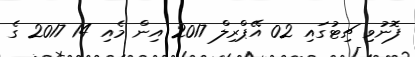
ފޮނުވި ޗިޓުގައި 02 އޭޕްރިލް 2017 އިން މެއި 14 2017 ގެ